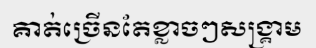
គាត់ច្រើនតែខ្លាចៗសង្គ្រាម